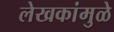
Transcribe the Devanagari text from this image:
लेखकांमुळे